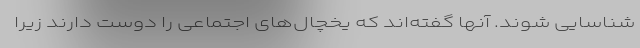
شناسایی شوند. آنها گفته‌اند که یخچال‌های اجتماعی را دوست دارند زیرا